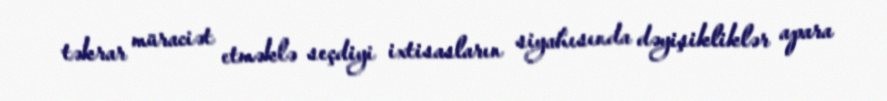
təkrar müraciət etməklə seçdiyi ixtisasların siyahısında dəyişikliklər apara